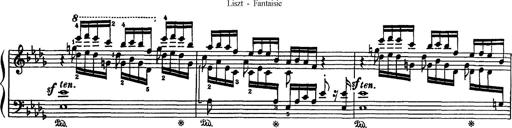
Title: Fantaisie sur des motifs favoris de l'opÃ©ra 'La sonnambula'
Composer: Franz Liszt